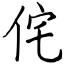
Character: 侘